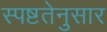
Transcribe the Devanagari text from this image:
स्पष्टतेनुसार